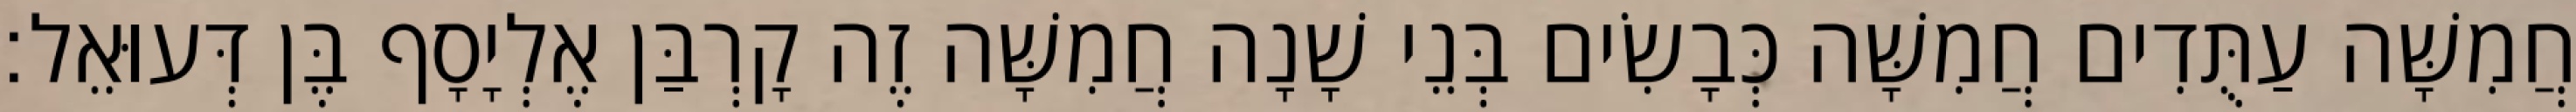
חֲמִשָּׁה עַתֻּדִים חֲמִשָּׁה כְּבָשִׂים בְּנֵי שָׁנָה חֲמִשָּׁה זֶה קָרְבַּן אֶלְיָסָף בֶּן דְּעוּאֵל׃